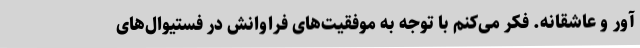
آور و عاشقانه. فکر می‌کنم با توجه به موفقیت‌های فراوانش در فستیوال‌های